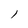
Character: l